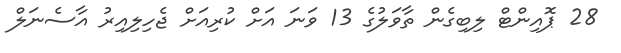
28 ޕޮއިންޓް ލިބިގެން ތާވަލުގެ 13 ވަނަ އަށް ކުރިއަށް ޖެހިލިއިރު އާސެނަލް